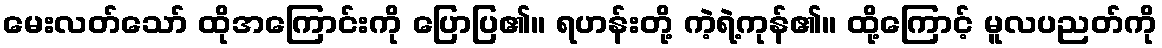
မေးလတ်သော် ထိုအကြောင်းကို ပြောပြ၏။ ရဟန်းတို့ ကဲ့ရဲ့ကုန်၏။ ထို့ကြောင့် မူလပညတ်ကို